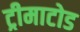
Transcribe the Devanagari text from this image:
ट्रीमाटोड